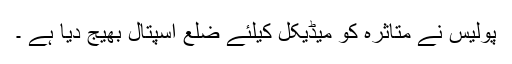
پولیس نے متاثرہ کو میڈیکل کیلئے ضلع اسپتال بھیج دیا ہے ۔